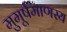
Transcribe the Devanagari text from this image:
मुमूर्षमाणस्य